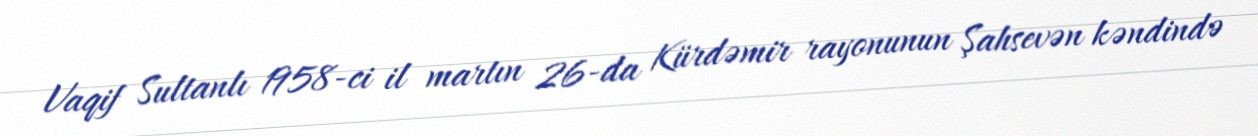
Vaqif Sultanlı 1958-ci il martın 26-da Kürdəmir rayonunun Şahsevən kəndində